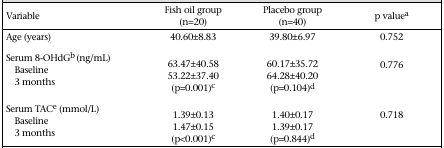
<table><thead><tr><td><b>Variable</b></td><td><b>Fish oil group (n=20)</b></td><td><b>Placebo group (n=40)</b></td><td><b>p valuea</b></td></tr></thead><tbody><tr><td>Age (years)</td><td>40.60±8.83</td><td>39.80±6.97</td><td>0.752</td></tr><tr><td colspan="4">Serum 8-OHdGb (ng/mL)</td></tr><tr><td>Baseline</td><td>63.47±40.58</td><td>60.17±35.72</td><td>0.776</td></tr><tr><td>3 months</td><td>53.22±37.40</td><td>64.28±40.20</td></tr><tr><td></td><td>(p=0.001)c</td><td>(p=0.104)d</td><td></td></tr><tr><td colspan="4">Serum TACe (mmol/L)</td></tr><tr><td>Baseline</td><td>1.39±0.13</td><td>1.40±0.17</td><td>0.718</td></tr><tr><td>3 months</td><td>1.47±0.15</td><td>1.39±0.17</td><td></td></tr><tr><td></td><td>(p&lt;0.001)c</td><td>(p=0.844)d</td></tr></tbody></table>